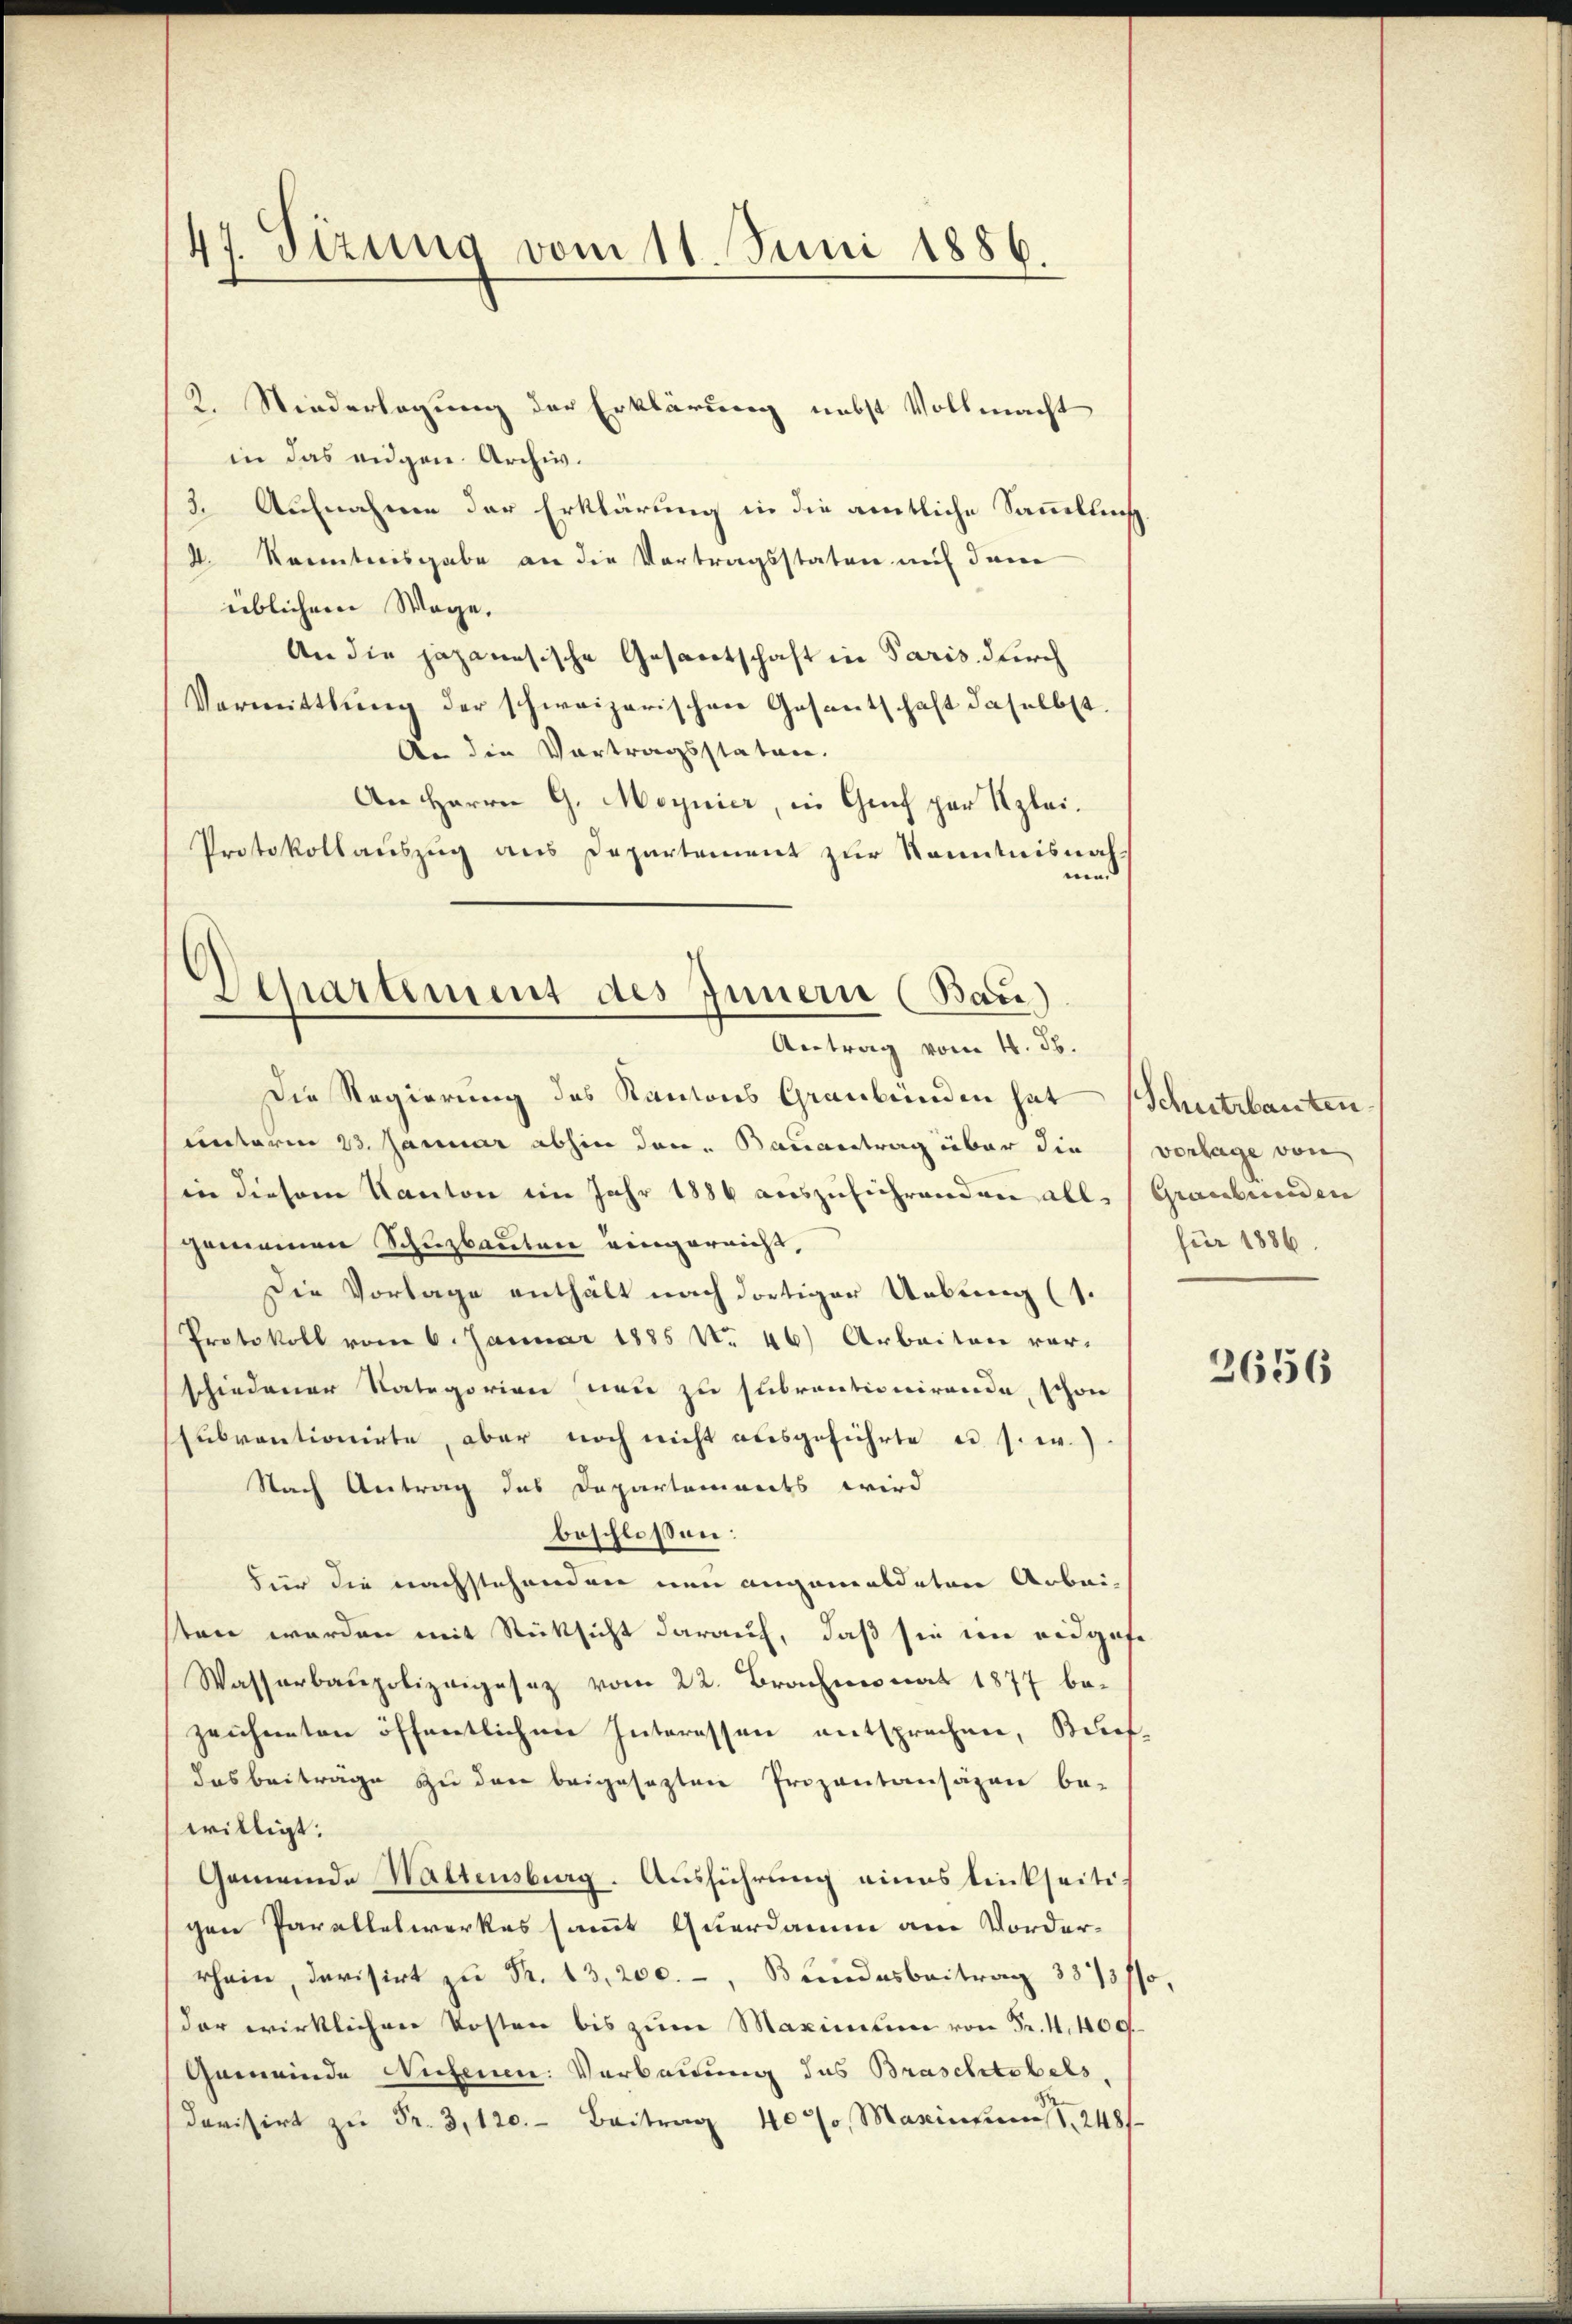
47. Sizung vom 11. Juni 1886.

K. Niederlegung der Erklärung nebst Vollmacht
in das eidgen. Archiv.
3. Aufnahmen der Erklärung in die amtliche Sammtlich
4. Kenntnisgabe an die Vortragsstaten mit dem
üblichen Mage.
An die japanesische Gesantschaft in Paris durch
Vermittlung der schweizerischen Gesantschaft daselbst.
An die Vortragsstaten.
An Herrn G. Moynier, in Graf par Klei¬
Protokollauszug aus Departement zur Kenntnisnahuund
Departement des Innern (Bau)

Antrag vom 4. ds.

Die Regierung des Kantons Graubünden hat (Schutzbauten
unterm 23. Januar abhin den Bauantrag über die vorlage von
in diesem Kanton im Jahr 1886 auszusichrenden alle (Graubünden
gemeinen Schuzbauten eingereicht,
Die Vorlage enthält nach dortiger Uebung (s.
Protokoll vom 6. Januar 1885 No 46) Arbeiten vorschiedener Nategorien neu zu subrentionirende, schon
subventionirte, aber noch nicht ausgeführte u. s. w.)
Nach Antrag das Departements wird
beschlossen:
Für die nachstehenden neu angemeldeten Arbeisten werden mit Rücksicht darauf, daß sie im eidgese
Wasserbaupolizeigesez vom 22. Brachmonat 1877 bezeichneten öffentlichen Interessen entsprechen, Briefdas beiträge zu den beigesezten Prizontansäzen be-
willigt.
Gemeinde Waltensburg. Ausführung eines linkseitigen Parallelwerkes samt Querdam am Vorderrhein, devisirt zu Fr. 13,200.-, Bundesbeitrag 3873/so,
(der wirklichen Kosten bis zum Maximum von Fr. 4. 400
Gemeinde Nichenen Verbauung das Braschtobels,
darisirt zŭ Fr. 3, 120. Beitrag 40%, Masintum, 248/

für 1886.

2656